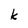
Character: k